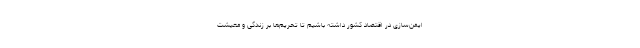
ایمن‌سازی در اقتصاد کشور داشته باشیم تا تحریم‌ها بر زندگی و معیشت